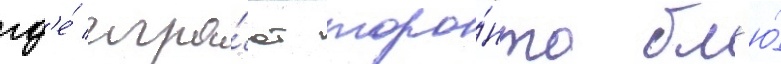
гд'е́ игра́ют торо́нто бл'ю́